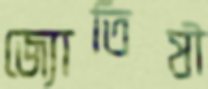
জ্যোতিষী